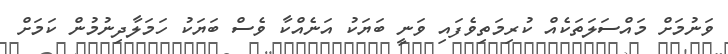
ވަނުމަށް މައްސަލަތަކެއް ކުރިމަތިވެފައި ވަނީ ބަޔަކު އަނެއްކާ ވެސް ބަޔަކު ހަމަލާދިނުމުން ކަމަށް